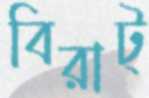
বিরাট্‌